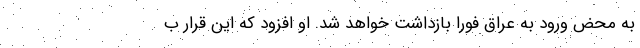
به محض ورود به عراق فورا بازداشت خواهد شد. او افزود که این قرار ب